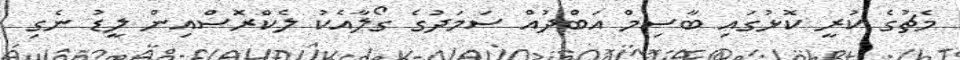
މެޗުގެ ކުރީ ކޮޅުގައި ބާސިމް އަބްދުއް ސަމަދުގެ ގޯލާއެކު ލެކްރޮސްއިން ލީޑު ނެގި